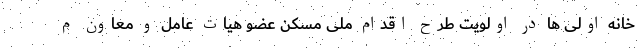
خانه اولی ها در اولویت طرح اقدام ملی مسکن عضو هیات عامل و معاون م